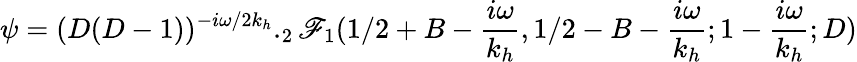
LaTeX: \psi=(D(D-1))^{-i\omega/2k_{h}}._{2}\mathscr{F}_{1}(1/2+B-\frac{{i\omega}}{{k_{h}}},1/2-B-\frac{{i\omega}}{{k_{h}}};1-\frac{{i\omega}}{{k_{h}}};D)